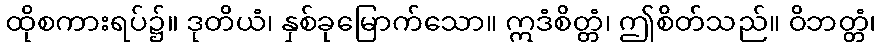
ထိုစကားရပ်၌။ ဒုတိယံ၊ နှစ်ခုမြောက်သော။ ဣဒံစိတ္တံ၊ ဤစိတ်သည်။ ဝိဘတ္တံ၊